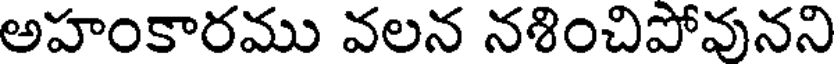
అహంకారము వలన నళించిపోవునని